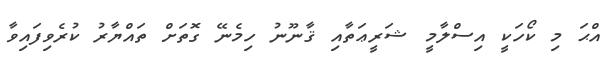
އްޙަ މި ކޯހަކީ އިސްލާމީ ޝަރީޢަތާއި ޤާނޫނު ހިމެނޭ ގޮތަށް ތައްޔާރު ކުރެވިފައިވާ